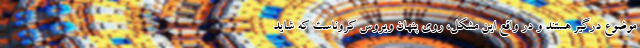
موضوع درگیر هستند و در واقع این مشکل، روی پنهان ویروس کروناست که شاید